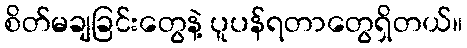
စိတ်မချခြင်းတွေနဲ့ ပူပန်ရတာတွေရှိတယ်။